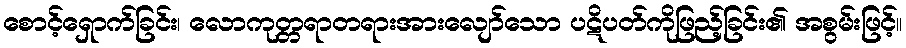
စောင့်ရှောက်ခြင်း၊ လောကုတ္တရာတရားအားလျော်သော ပဋိပတ်ကိုဖြည့်ခြင်း၏ အစွမ်းဖြင့်။